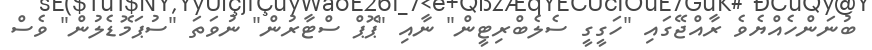
ބުނަންހެއްޔެވެ ރާއްޖޭގައި "ހަގީގީ ސެލެބްރިޓީން" ނާއި "ޕޮޕް ސްޓާރުން" ނުވަތަ "ސުޕަމޮޑެލުން" ވެސް